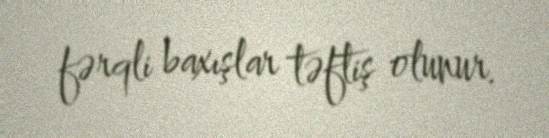
fərqli baxışlar təftiş olunur.